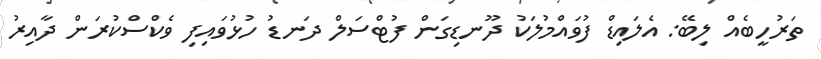
ތަރުހީބެއް ލިބޭ: އެލައިޑް ފުވައްމުލަކު ދޫނޑިގަން ފުޓްސަލް ދަނޑު ހުޅުވައިފި ވެކްސްކުރަން ދާއިރު